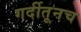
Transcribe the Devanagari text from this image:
गर्दीतूनच